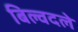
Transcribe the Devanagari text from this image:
बिल्वदले